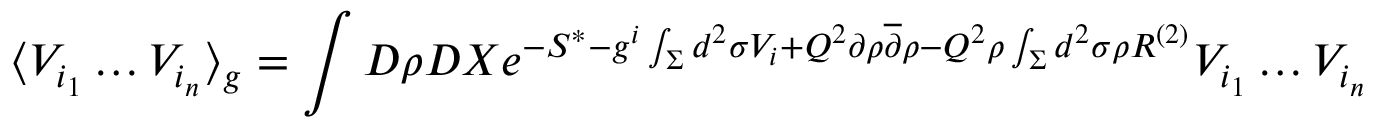
\langle V _ { i _ { 1 } } \dots V _ { i _ { n } } \rangle _ { g } = \int { \cal D } \rho { \cal D } X e ^ { - S ^ { * } - g ^ { i } \int _ { \Sigma } d ^ { 2 } \sigma V _ { i } + Q ^ { 2 } \partial \rho { \overline { { \partial } } } \rho - Q ^ { 2 } \rho \int _ { \Sigma } d ^ { 2 } \sigma \rho R ^ { ( 2 ) } } V _ { i _ { 1 } } \dots V _ { i _ { n } }